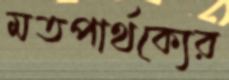
মতপার্থক্যের